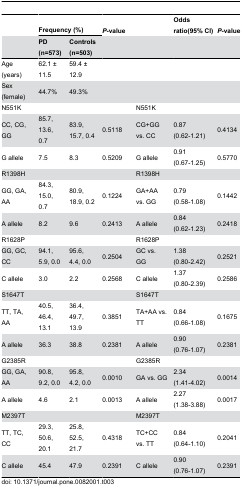
<table><thead><tr><td></td><td colspan="2"><b>Frequency (%)</b></td><td><b><i>P</i>-value</b></td><td></td><td></td><td><b>Odds ratio(95% CI)</b></td><td><b><i>P</i>-value</b></td></tr><tr><td></td><td><b>PD (n=573)</b></td><td><b>Controls (n=503)</b></td><td></td><td></td><td></td><td></td><td></td></tr></thead><tbody><tr><td>Age (years)</td><td>62.1 ± 11.5</td><td>59.4 ± 12.9</td><td></td><td></td><td></td><td></td><td></td></tr><tr><td>Sex (female)</td><td>44.7%</td><td>49.3%</td><td></td><td></td><td></td><td></td><td></td></tr><tr><td>N551K</td><td></td><td></td><td></td><td></td><td>N551K</td><td></td><td></td></tr><tr><td>CC, CG, GG</td><td>85.7, 13.6, 0.7</td><td>83.9, 15.7, 0.4</td><td>0.5118</td><td></td><td>CG+GG vs. CC</td><td>0.87 (0.62-1.21)</td><td>0.4134</td></tr><tr><td>G allele</td><td>7.5</td><td>8.3</td><td>0.5209</td><td></td><td>G allele</td><td>0.91 (0.67-1.25)</td><td>0.5770</td></tr><tr><td>R1398H</td><td></td><td></td><td></td><td></td><td>R1398H</td><td></td><td></td></tr><tr><td>GG, GA, AA</td><td>84.3, 15.0, 0.7</td><td>80.9, 18.9, 0.2</td><td>0.1224</td><td></td><td>GA+AA vs. GG</td><td>0.79 (0.58-1.08)</td><td>0.1442</td></tr><tr><td>A allele</td><td>8.2</td><td>9.6</td><td>0.2413</td><td></td><td>A allele</td><td>0.84 (0.62-1.23)</td><td>0.2418</td></tr><tr><td>R1628P</td><td></td><td></td><td></td><td></td><td>R1628P</td><td></td><td></td></tr><tr><td>GG, GC, CC</td><td>94.1, 5.9, 0.0</td><td>95.6, 4.4, 0.0</td><td>0.2504</td><td></td><td>GC vs. GG</td><td>1.38 (0.80-2.42)</td><td>0.2521</td></tr><tr><td>C allele</td><td>3.0</td><td>2.2</td><td>0.2568</td><td></td><td>C allele</td><td>1.37 (0.80-2.39)</td><td>0.2586</td></tr><tr><td>S1647T</td><td></td><td></td><td></td><td></td><td>S1647T</td><td></td><td></td></tr><tr><td>TT, TA, AA</td><td>40.5, 46.4, 13.1</td><td>36.4, 49.7, 13.9</td><td>0.3851</td><td></td><td>TA+AA vs. TT</td><td>0.84 (0.66-1.08)</td><td>0.1675</td></tr><tr><td>A allele</td><td>36.3</td><td>38.8</td><td>0.2381</td><td></td><td>A allele</td><td>0.90 (0.76-1.07)</td><td>0.2381</td></tr><tr><td>G2385R</td><td></td><td></td><td></td><td></td><td>G2385R</td><td></td><td></td></tr><tr><td>GG, GA, AA</td><td>90.8, 9.2, 0.0</td><td>95.8, 4.2, 0.0</td><td>0.0010</td><td></td><td>GA vs. GG</td><td>2.34 (1.41-4.02)</td><td>0.0014</td></tr><tr><td>A allele</td><td>4.6</td><td>2.1</td><td>0.0013</td><td></td><td>A allele</td><td>2.27 (1.38-3.88)</td><td>0.0017</td></tr><tr><td>M2397T</td><td></td><td></td><td></td><td></td><td>M2397T</td><td></td><td></td></tr><tr><td>TT, TC, CC</td><td>29.3, 50.6, 20.1</td><td>25.8, 52.5, 21.7</td><td>0.4318</td><td></td><td>TC+CC vs. TT</td><td>0.84 (0.64-1.10)</td><td>0.2041</td></tr><tr><td>C allele </td><td>45.4</td><td>47.9</td><td>0.2391</td><td></td><td>C allele </td><td>0.90 (0.76-1.07)</td><td>0.2391</td></tr></tbody></table>